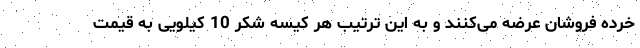
خرده فروشان عرضه می‌کنند و به این ترتیب هر کیسه شکر 10 کیلویی به قیمت